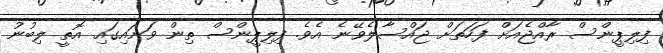
ފިލިޕީންސް ރާއްޖެއަށް ފަހަތަށް ޖައްސާލެވޭނެ އެވެ. ފިލިޕީންސް ތިން ވަނައިގައި އޮތީ ލިބުނު